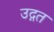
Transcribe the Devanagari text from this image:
उद्गत